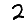
Digit: 2